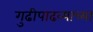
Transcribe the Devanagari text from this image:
गुढीपाढव्याच्या